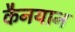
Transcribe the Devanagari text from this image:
कैनयान